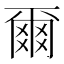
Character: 爾